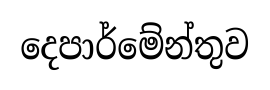
දෙපාර්මේන්තුව